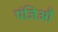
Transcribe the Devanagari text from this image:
पंजिओं